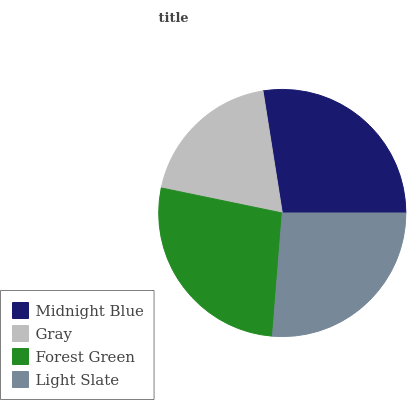
| Midnight Blue | Gray | Forest Green | Light Slate |
 | --- | --- | --- | --- |
 | 27.5% | 19.2% | 27% | 26.2% |